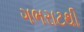
ગભરાટથી